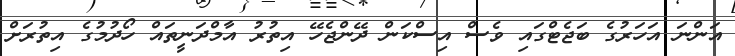
އަންނަ އަހަރުގެ ބަޖެޓްގައި ވެސް އިސްކަން ދޭންޖެހޭ އިތުރު އާމްދަނީތައް ހޯދުމުގެ އިތުރަށް